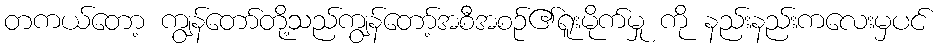
တကယ်တော့ ကျွန်တော်တို့သည်ကျွန်တော့်အစီအစဉ်၏ရူးမိုက်မှု ကို နည်းနည်းကလေးမှပင်